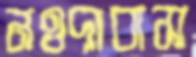
নওদাবাস